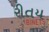
રીતય